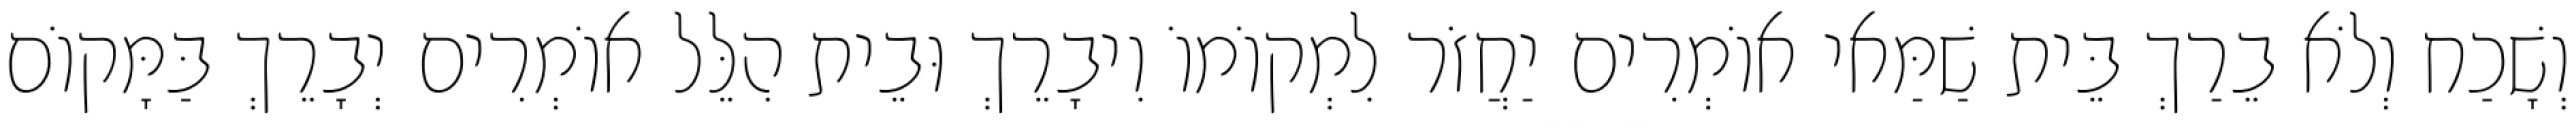
וְשָׁכַח וְלֹא בֵרַךְ בֵּית שַׁמַּאי אוֹמְרִים יַחֲזֹר לִמְקוֹמוֹ וִיבָרֵךְ וּבֵית הִלֵּל אוֹמְרִים יְבָרֵךְ בַּמָּקוֹם